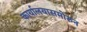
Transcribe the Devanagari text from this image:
कार्यालयासमोरुन